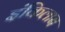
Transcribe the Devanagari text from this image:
इंकिलाब